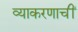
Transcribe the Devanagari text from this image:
व्याकरणाचीं